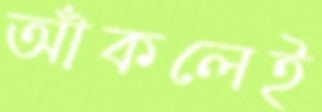
আঁকলেই